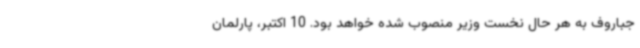
جباروف به هر حال نخست وزیر منصوب شده خواهد بود. 10 اکتبر، پارلمان